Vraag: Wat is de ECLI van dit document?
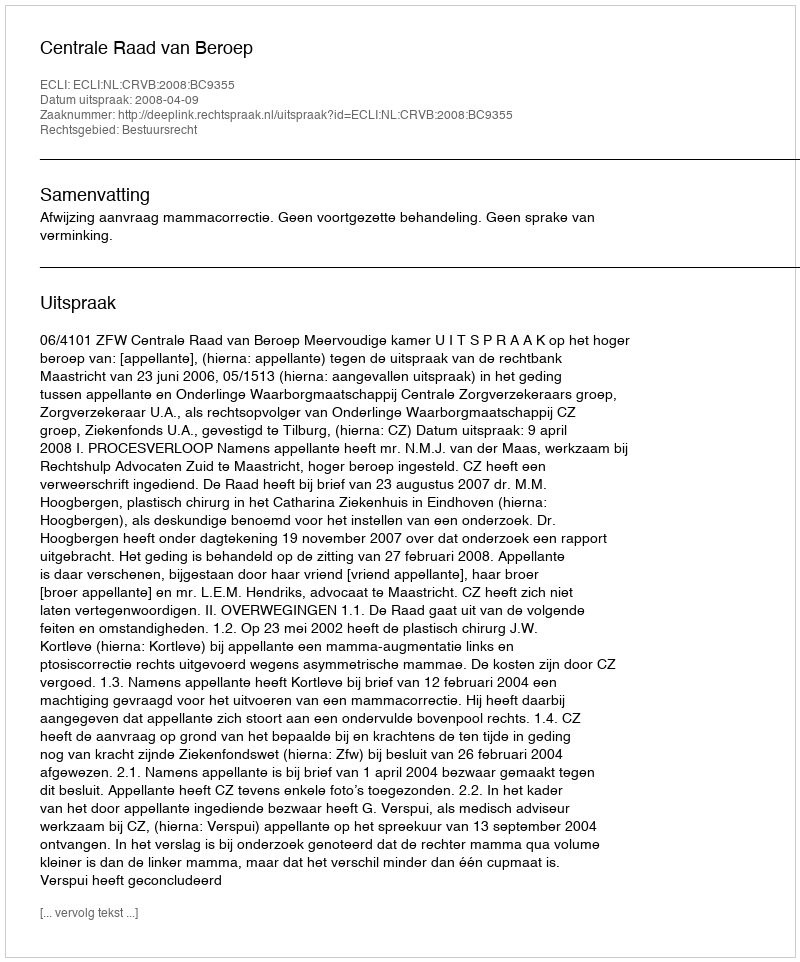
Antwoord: ECLI:NL:CRVB:2008:BC9355